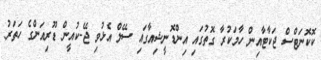
ކޮކޮނަޓްސް ޖަކާޓާއިން ހާމަކުރާ ގޮތުގައި އިންޑޮނީޝިއާގައި ސޭލް އެޅުވި ޖޭ-ކުއީން ޑޫރިއަންގެ ހަތަރު